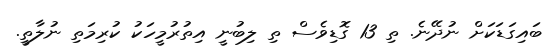
ބައިގަޑަކަށް ނުދޭނެ. ތި 13 ގޮޑިވެސް ތި ލިބުނީ އިތުރުމީހަކު ކުރިމަތި ނުލާތީ.